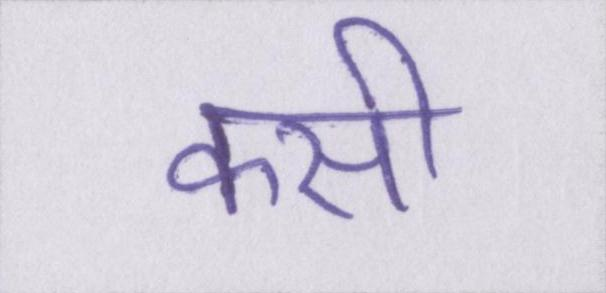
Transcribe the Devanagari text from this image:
कसी